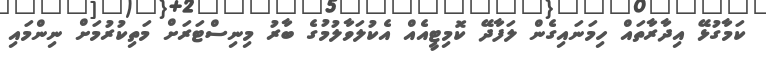
ކަމާގުޅޭ އިދާރާތައް ހިމަނައިގެން ލަފާދޭ ކޮމިޓީއެއް އެކުލަވާލުމުގެ ބާރު މިނިސްޓަރަށް މަތިކުރުމަށް ނިންމައި